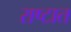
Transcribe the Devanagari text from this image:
राष्टात